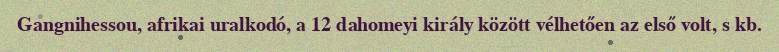
Gangnihessou, afrikai uralkodó, a 12 dahomeyi király között vélhetően az első volt, s kb.